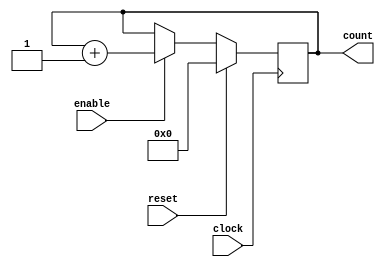
//`timescale 1ns / 100ps //time in 1ns, resolution is 100ps

module counter_16 ( clock, enable,count, reset);
	parameter BIT_SZ = 16;
	input clock;
	input enable;
	input reset;
	output [BIT_SZ-1:0] count;
	
	reg [BIT_SZ-1:0] count;
	
	initial count = 0;
	
	always @ (posedge clock) begin
		if (enable == 1'b1)
			count <= count + 1'b1;
		if (reset == 1'b1)
			count <= 16'b0000000000000000;
	end
	
endmodule